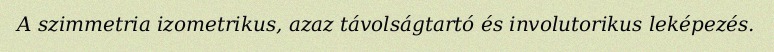
A szimmetria izometrikus, azaz távolságtartó és involutorikus leképezés.